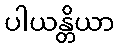
ပါယန္တိယာ